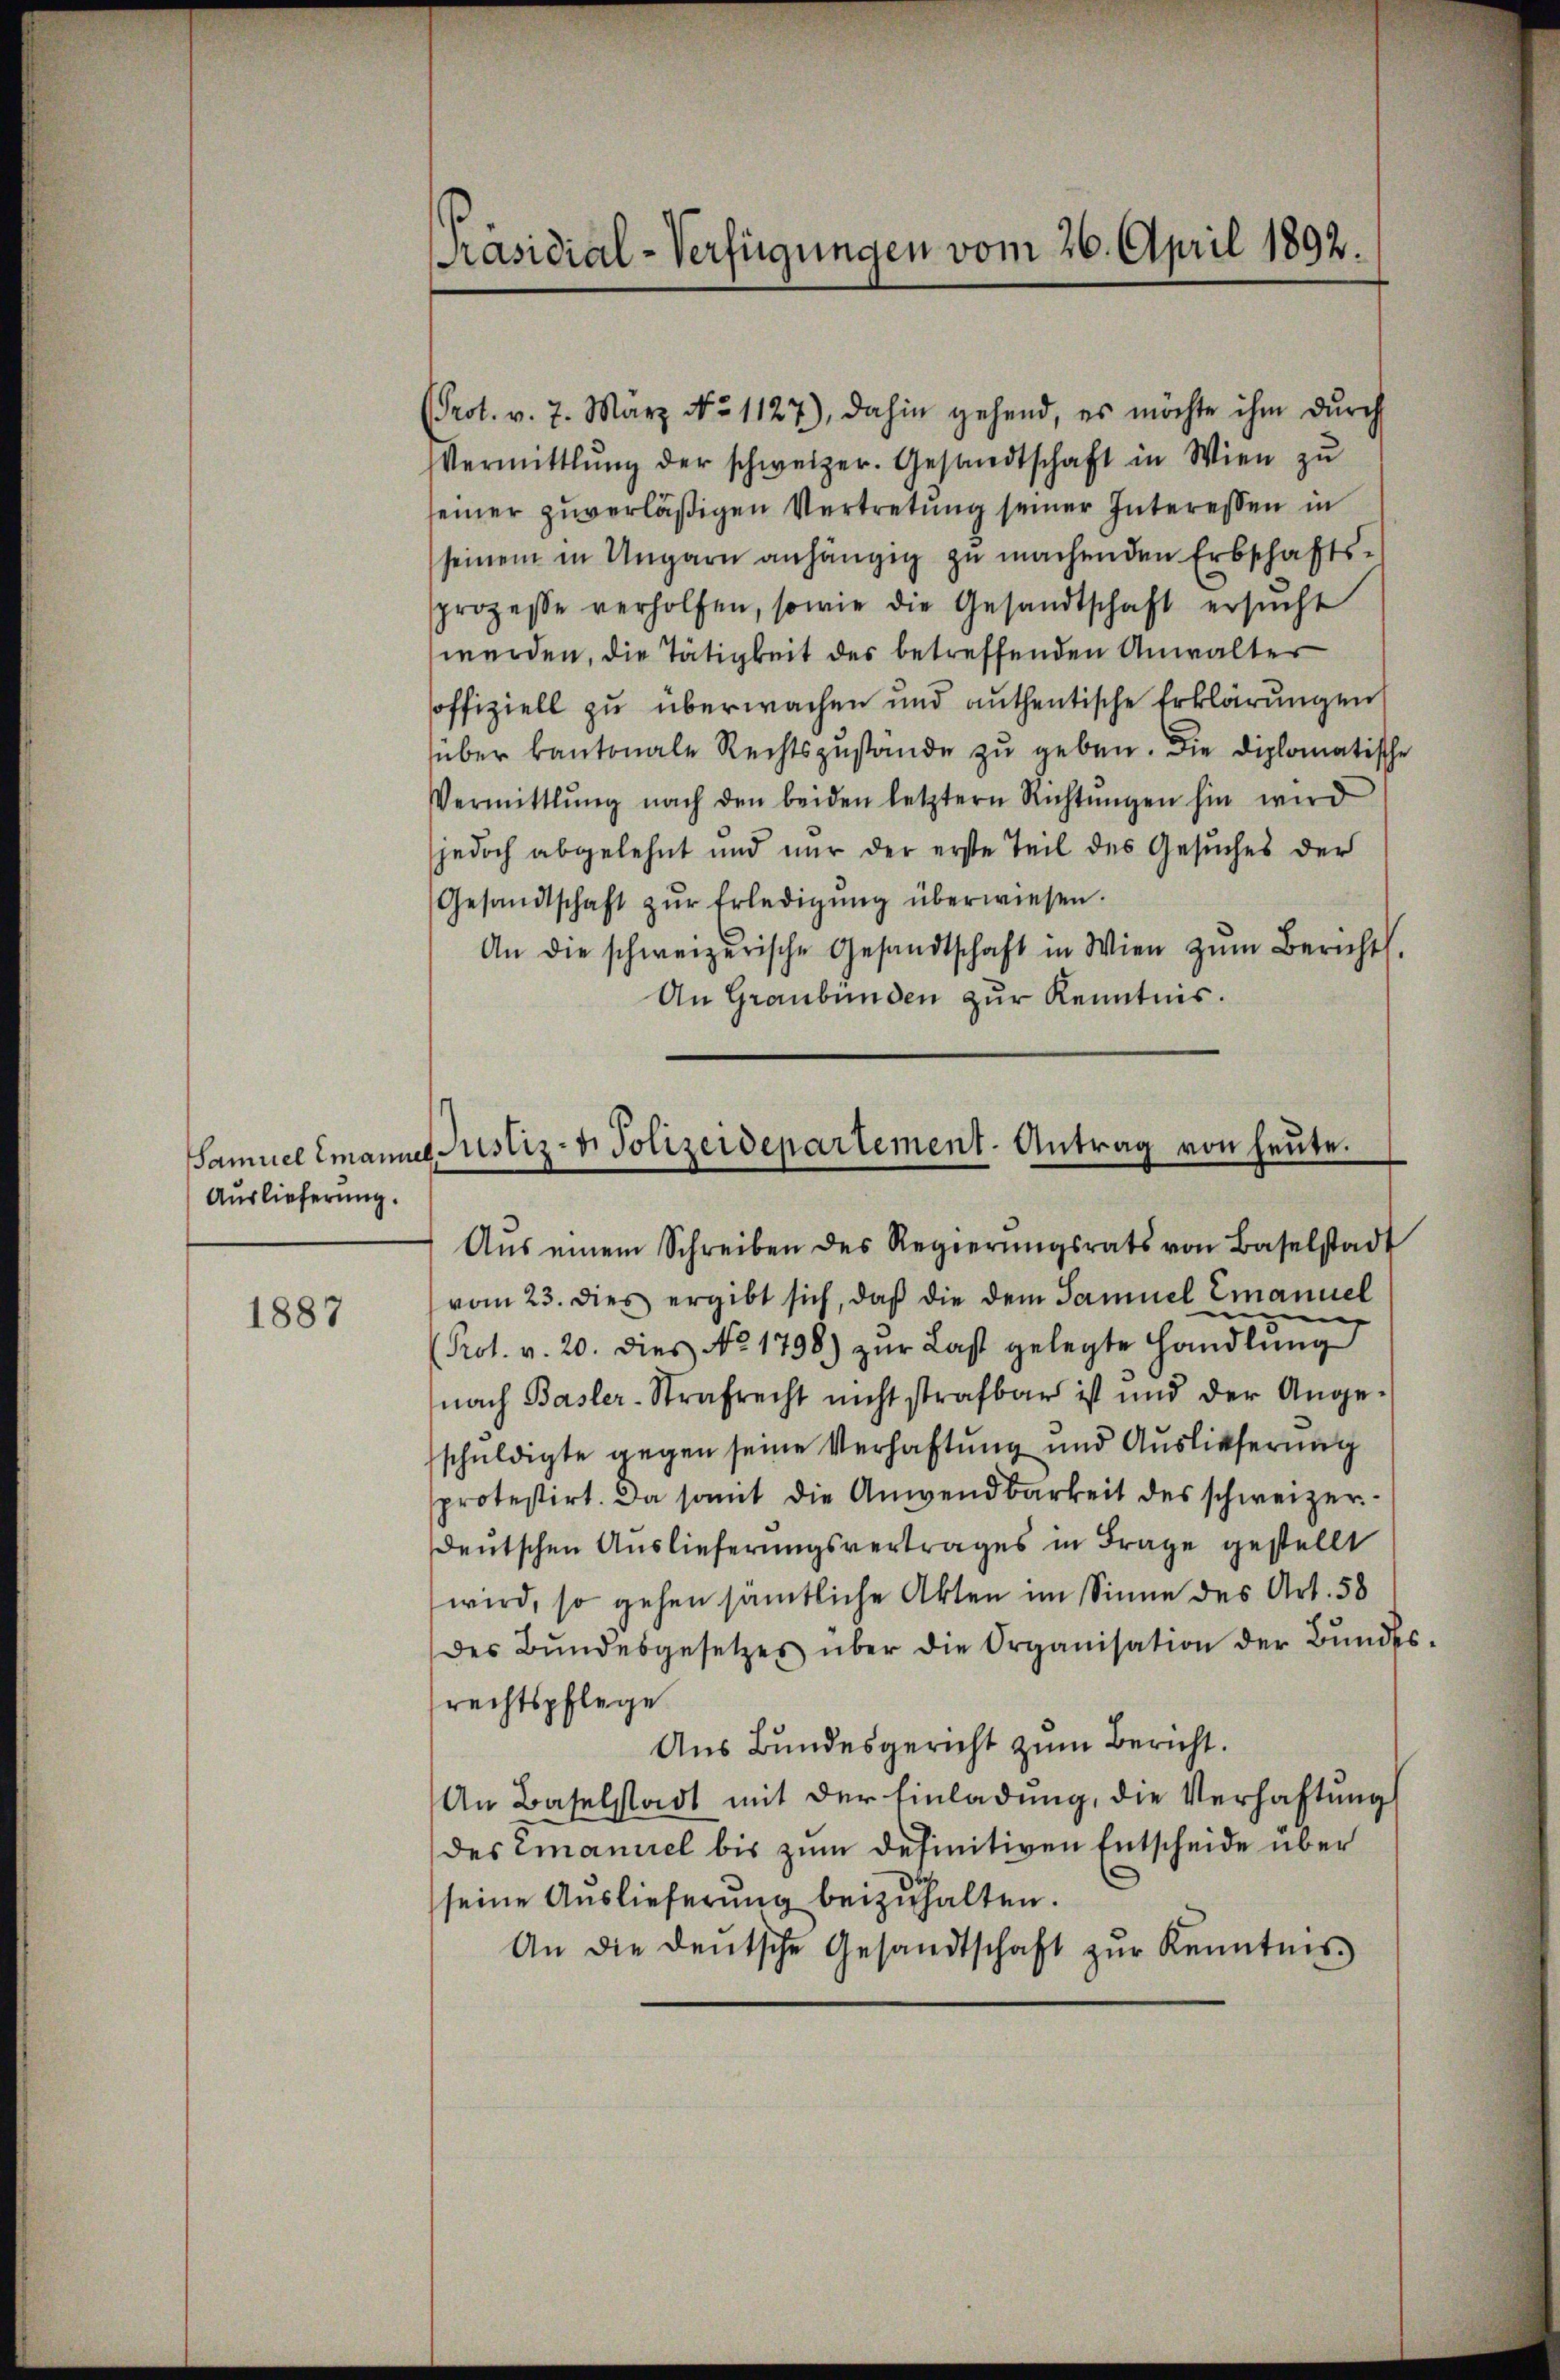
Auslieferung.

1887

Präsidial-Verfügungen vom 26. April 1892.

(Prol. v. 7. März No 1127), dahin gehend, es möchte ihm dŭrch
Vermittlung der schweizer. Gesandtschaft in Wien zŭ
seiner zuverläßigen Vertretung seiner Interessen in
seinem in Ungarn anhängig zu machenden Erbschafts-
sprozesse verholfen, sowie die Gesandtschaft ersŭcht
werden, die Tätigkeit des betreffenden Anwalter
soffiziell zu überwachen und authentische Erklärungen
über kantonale Rechtszustände zŭ geben. Die diplomatische
Vermittlung nach den beiden letztern Richtŭngen hin wird
jedoch abgelehnt und nur der erste Teil des Gesuches der
Gesandtschaft zŭr Erledigŭng überwiesen.
An die schweizerische Gesandtschaft in Wien zŭm Berichts.
An Graubünden zur Kenntnis.
Aŭs einem Schreiben des Regierŭngsrats von Baselstadt
vom 23. dies ergibt sich, daß die dem Samuel Emanuel
Prot. v. 20. dies No 1798) zŭr Last gelegte Handlŭng
nach Basler-Strafrecht nicht strafbar ist und der Ange-
schuldigte gegen seine Verhaftung und Auslieferung
sprotestirt. Da somit die Anwendbarkeit des schweizer-
deutschen Auslieferungsvertrages in Frage gestellt
wird, so gehen sämtliche Akten im Sinne des Art. 58
des Bŭndesgesetzes über die Organisation der Bŭndes
rechtspflege
Aus Bundesgericht zum Bericht.
An Baselstadt mit der Einladŭng, die Verhaftung
des Emaniel bis zum definitiven Entscheide über
seine Auslieferung beizuhalten.
An die deŭtsche Gesandtschaft zŭr Kenntnis

Samuel Emannes Justiz- u. Polizeidepartement-Antrag von heute.